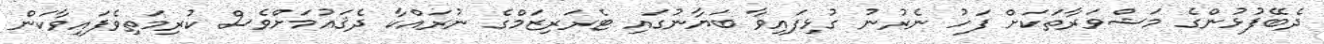
ދެބޭފުޅުންގެ މަޝްވަރާތަކަށް ފަހު ނެރުނު ގުޅިފައިވާ ބަޔާނުގައި ޓެރަރިޒަމްގެ ނުރައްކާ ދެޤައުމަށްވެސް ކުރިމަތިވެފައިވާކަން